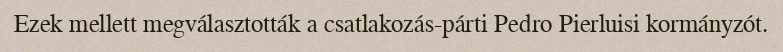
Ezek mellett megválasztották a csatlakozás-párti Pedro Pierluisi kormányzót.